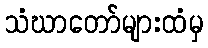
သံဃာတော်များထံမှ